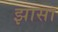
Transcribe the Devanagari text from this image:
झासा